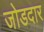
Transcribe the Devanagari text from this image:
जोडदार